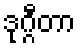
ဒုဂ္ဂီတာ